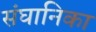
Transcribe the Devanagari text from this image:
संघानिका